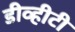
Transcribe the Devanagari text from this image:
डीव्हीटी